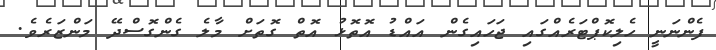
ފެންނަނީ ހެލިކޮޕްޓަރެއްގައި ޖަހައިގެން އައްޑު އޮތޮޅު އޮތް ގޮތަށް މާލެ ގެންގޮސްދޭ މަންޒަރެވެ.